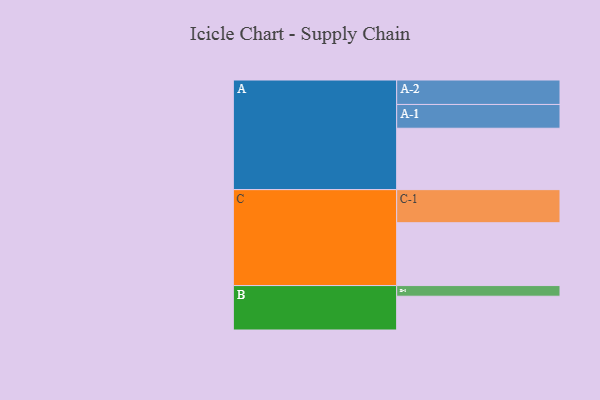
{"axis": {"x": "Segment", "y": "Value"}, "legend": ["", "A", "B", "C"], "data": [{"x": "A", "y": 547, "type": ""}, {"x": "B", "y": 301, "type": ""}, {"x": "C", "y": 560, "type": ""}, {"x": "A-1", "y": 212, "type": "A"}, {"x": "A-2", "y": 218, "type": "A"}, {"x": "B-1", "y": 95, "type": "B"}, {"x": "C-1", "y": 295, "type": "C"}]}